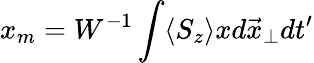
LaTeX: x_{m}=W^{-1}\int\langle S_{z}\rangle xd\vec{x}_{\perp}dt^{\prime}